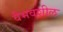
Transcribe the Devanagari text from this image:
वैभवशील